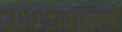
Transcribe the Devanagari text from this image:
२००५सालचे